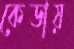
কেডায়